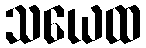
သယေထ